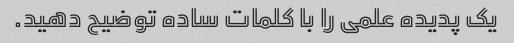
یک پدیده علمی را با کلمات ساده توضیح دهید.